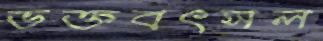
ভক্তবৎসল